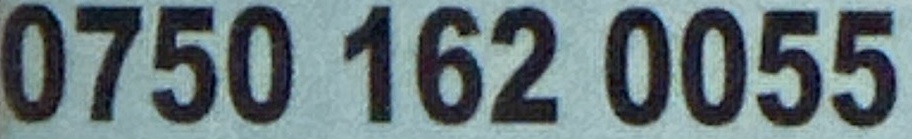
0750 162 0055